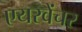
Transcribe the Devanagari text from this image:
एयरवेंचर